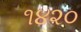
૧૪૨૦